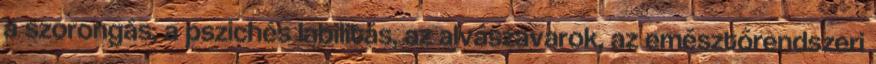
a szorongás, a pszichés labilitás, az alvászavarok, az emésztőrendszeri